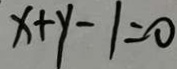
x + y - 1 = 0